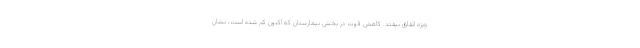
ویژه اتفاق بیفتد. کاهش فوت در بخش بیمارستان که اکنون کم شده است، نشان